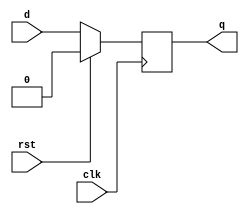
`timescale 1ns / 1ps
module d_ff_sync_reset(
    input d, clk, rst,
    output reg q
);

 always @ (posedge(clk))
    begin
        if (rst == 1)
            q <= 1'b0;	// Q is reset to 0
        else
            q <= d;
    end
  endmodule